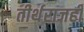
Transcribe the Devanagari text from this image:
तीर्थराजही